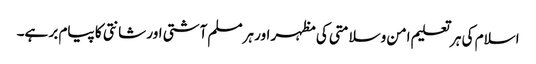
اسلام کی ہر تعلیم امن وسلامتی کی مظہر اور ہرمسلم آشتی اور شانتی کا پیام بر ہے۔